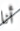
أنا